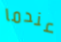
عندما